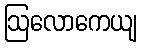
ဩလောကေယျ